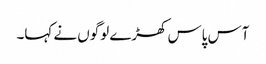
آس پاس کھڑے لوگوں نے کہا۔